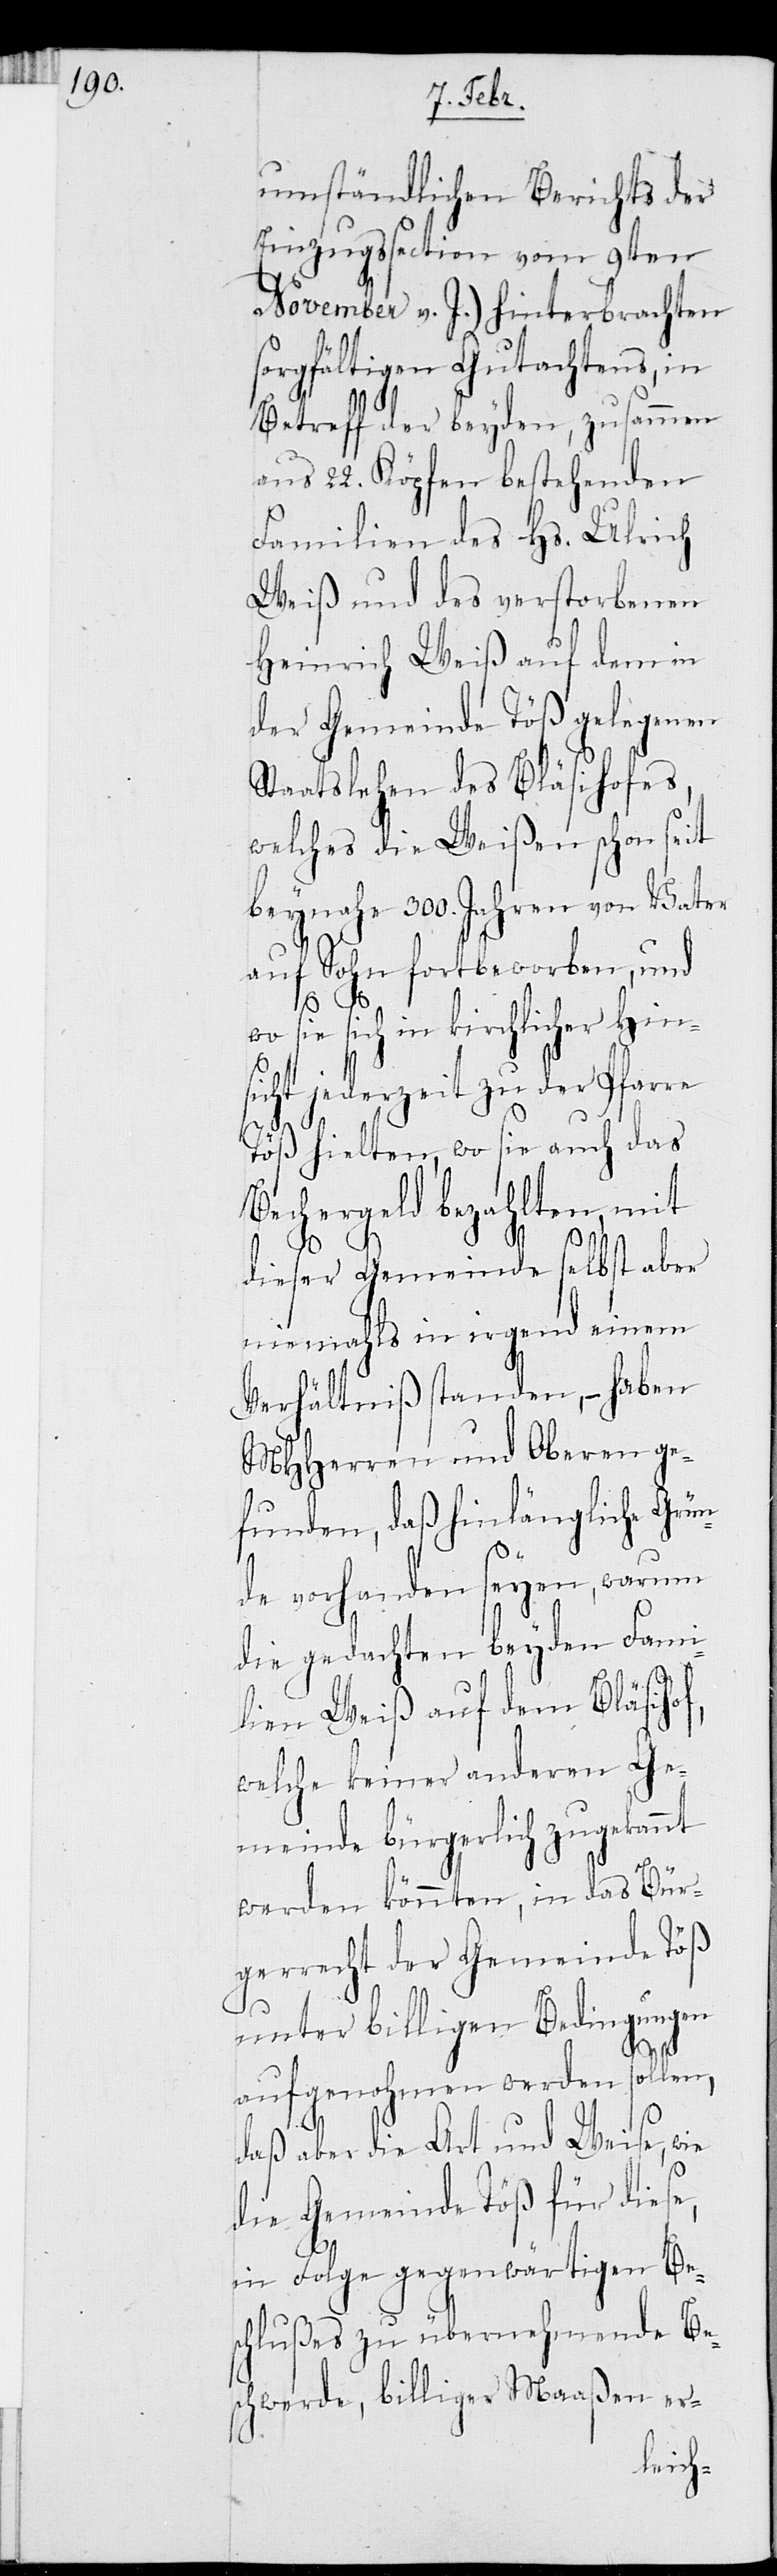
umständlichen Berichts der
Einzugssection vom 9ten
November v. J.) hinterbrachten
orgfältigen Gutachtens, in
Betreff der beyden, zusammen
aus 22. Köpfen bestehenden
Familien des Hs. Ulrich
Weiß und des verstorbenen
Heinrich Weiß auf dem in
der Gemeinde Töß gelegenen
Staatslehen des Bläsihofes,
welches die Weißen schon seit
beynahe 300. Jahren von Vater
auf Sohn fortbeworben, und
wo sie sich in kirchlicher Hins¬
icht jederzeit zu der Pfarre
Töß hielten, wo sie auch das
Bechergeld bezahlten, mit
f,
dieser Gemeinde selbst aber
niemals in irgend einem
Verhältniß standen, – haben
MHHerren und Oberen ge¬
funden, daß hinlängliche Grün¬
de vorhanden seyen, warum
die gedachten beyden Fami¬
lien Weiß auf dem Bläsiho¬
welche keiner anderen Ge¬
meinde bürgerlich zugekannt
werden könnten, in das Bür¬
gerrecht der Gemeinde Töß
unter billigen Bedingungen
aufgenohmen werden sollen,
daß aber die Art und Weise, wie
die Gemeinde Töß für diese,
der Folge gegenwärtigen Bes¬
chlußes zu übernehmende Be¬
schwerde, billiger Maaßen er-